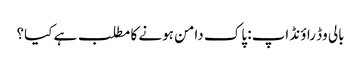
بالی وڈ راؤنڈ اپ: پاک دامن ہونے کا مطلب ہے کیا؟